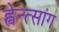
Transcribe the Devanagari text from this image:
ह्वेन्त्सांग